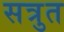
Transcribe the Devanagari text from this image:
सत्रुत